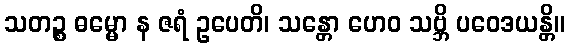
သတဉ္စ ဓမ္မော န ဇရံ ဥပေတိ၊ သန္တော ဟေဝ သဗ္ဘိ ပဝေဒယန္တိ။